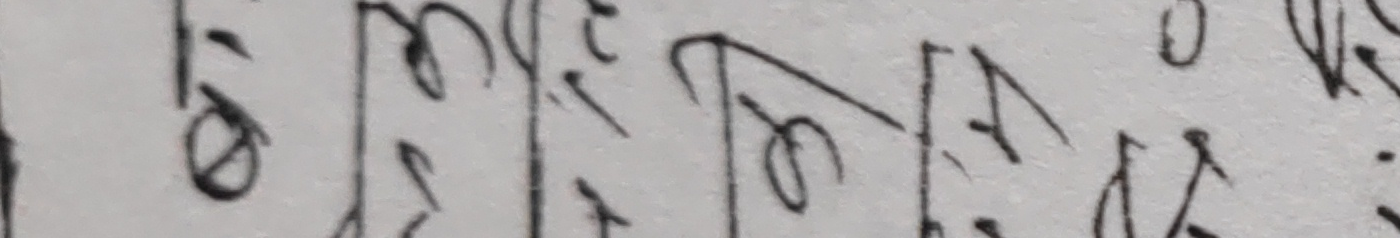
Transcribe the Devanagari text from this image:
ने लु सृ भ को रा